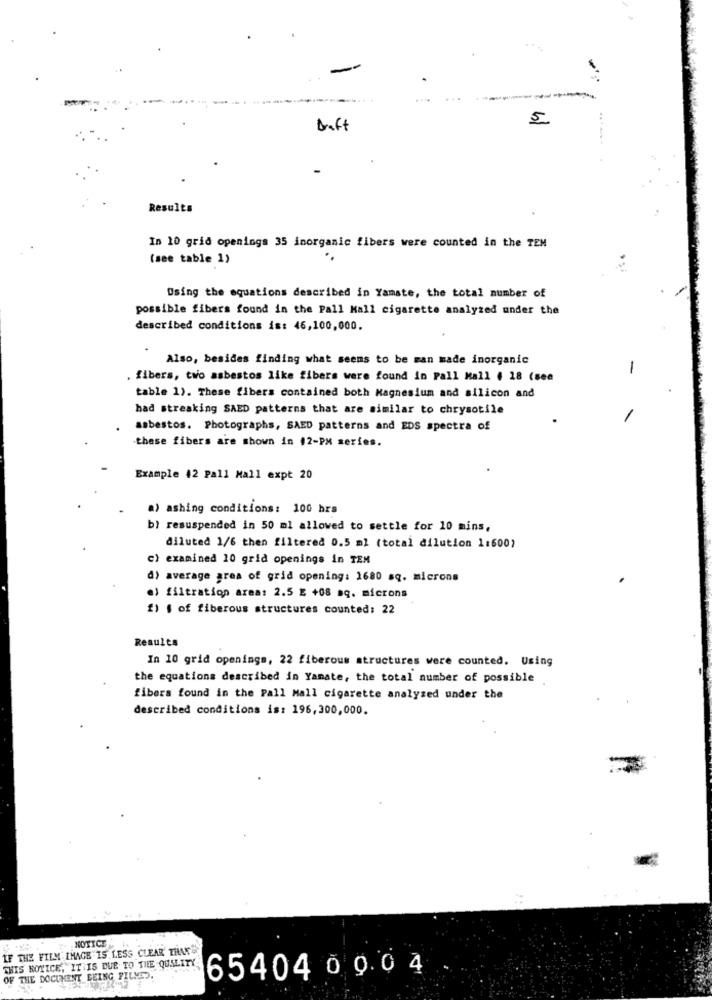
5
...
Draft
Results
In 10 grid openings 35 inorganic fibers were counted in the TEM
(see table 1)
Using the equations described in Yamate, the total number of
possible fibers found in the Pall Kall cigarette analyzed under the
described conditions is: 46,100,000.
Also, besides finding what seems to be man made inorganic
-
. fibers, two asbestos like fibers were found in Pall Mall ( 18 (see
table 1). These fibers contained both Magnesium and silicon and
bad streaking SAED patterns that are similar to chrysotile
asbestos. Photographs, SAED patterns and EDS spectra of
these fibers are shown in #2-PX series.
Example 42 Pall Mall expt 20
a) ashing conditions: 100 hrs
b) resuspended in 50 ml allowed to settle for 10 mins,
diluted 1/6 then filtered 0.5 ml (total dilution 1:600)
c) examined 10 grid openings in TEM
d) average area of grid opening: 1680 sq. microns
el filtration area: 2.5 E +08 aq. microns
£) , of fiberous structures counted: 22
Results
In 10 grid openings, 22 fiberous structures were counted. Using
the equations described in Yamate, the total number of possible
fibers found in the Pall Mall cigarette analyzed under the
described conditions is: 196,300,000.
NOTICE
IF THE FILM IMAGE IS LESS CLEAR' THAT
THIS NOTICE, IT IS DUE TO THE QUALITY
OF THE DOCUMENT BEING FILMES.
65404 0 0.04